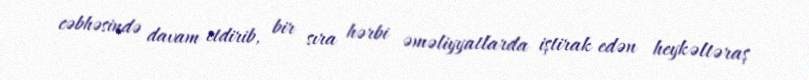
cəbhəsində davam etdirib, bir sıra hərbi əməliyyatlarda iştirak edən heykəltəraş